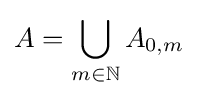
A=\bigcup _{m\in \mathbb {N} }A_{0,m}